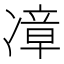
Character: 𪞬